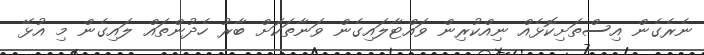
ނެރެގެން އިސްތަށިކޮޅެއް ނިއްކުރިން ވައްޓާލައިގެން ވަނާތަކަށް ބާރު ހެދުންތައް ލައިގެން މި އުޅޭ